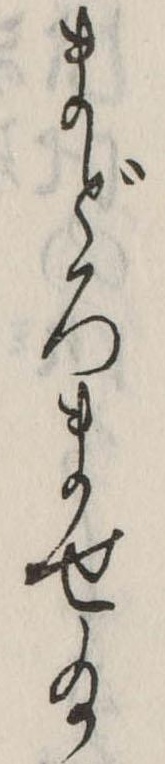
まどろませ給